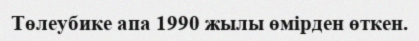
Төлеубике апа 1990 жылы өмірден өткен.